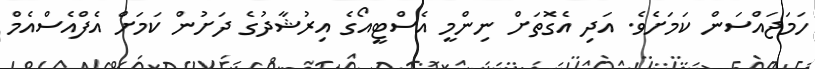
ހަމަޖައްސަން ކަމަށެވެ. އަދި އެގޮތަށް ނިންމީ އެސްޓީއޯގެ އިރުޝާދުގެ ދަށުން ކަމަށް އެފްއެސްއެމް